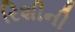
રિશીની